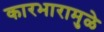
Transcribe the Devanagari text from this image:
कारभारामुळे